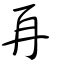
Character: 再